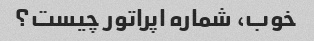
خوب، شماره اپراتور چیست؟